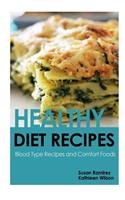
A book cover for Healthy Diet Recipes: Blood Type Recipes and Comfort Foods; Susan Ramirez; Health, Fitness & Dieting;